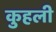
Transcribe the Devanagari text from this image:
कुहली